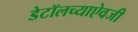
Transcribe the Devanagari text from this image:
डेटॉलच्याऐवजी